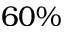
6 0 \%